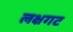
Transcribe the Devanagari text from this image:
लक्षगट